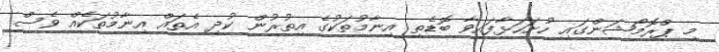
މި ޕްރޮމޯޝަންގައި ހުށަހަޅާފައިވާ ބޮޑެތި އިނާމުތަކުގެ އިތުރުން ކުދި އެތައް އިނާމުތަކެއް ވެސް